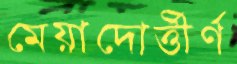
মেয়াদোর্ত্তীর্ণ